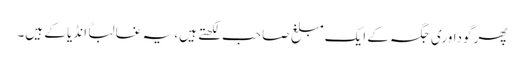
پھر گوداوری جگہ کے ایک مبلغ صاحب لکھتے ہیں، یہ غالباً انڈیا کے ہیں۔